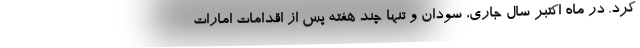
کرد. در ماه اکتبر سال جاری، سودان و تنها چند هفته پس از اقدامات امارات